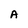
Character: A